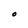
Character: O